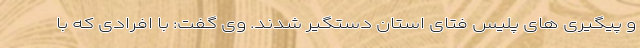
و پیگیری های پلیس فتای استان دستگیر شدند. وی گفت: با افرادی که با